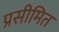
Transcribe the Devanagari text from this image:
प्रसीमित